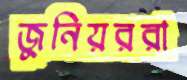
জুনিয়ররা